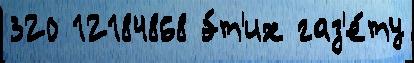
320 12184868 э́т'их газ'е́ту